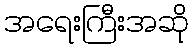
အရေးကြီးအဆို